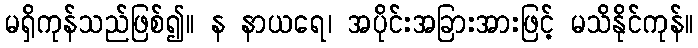
မရှိကုန်သည်ဖြစ်၍။ န နာယရေ၊ အပိုင်းအခြားအားဖြင့် မသိနိုင်ကုန်။